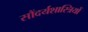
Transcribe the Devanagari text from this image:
सौंदर्यशास्त्रियों